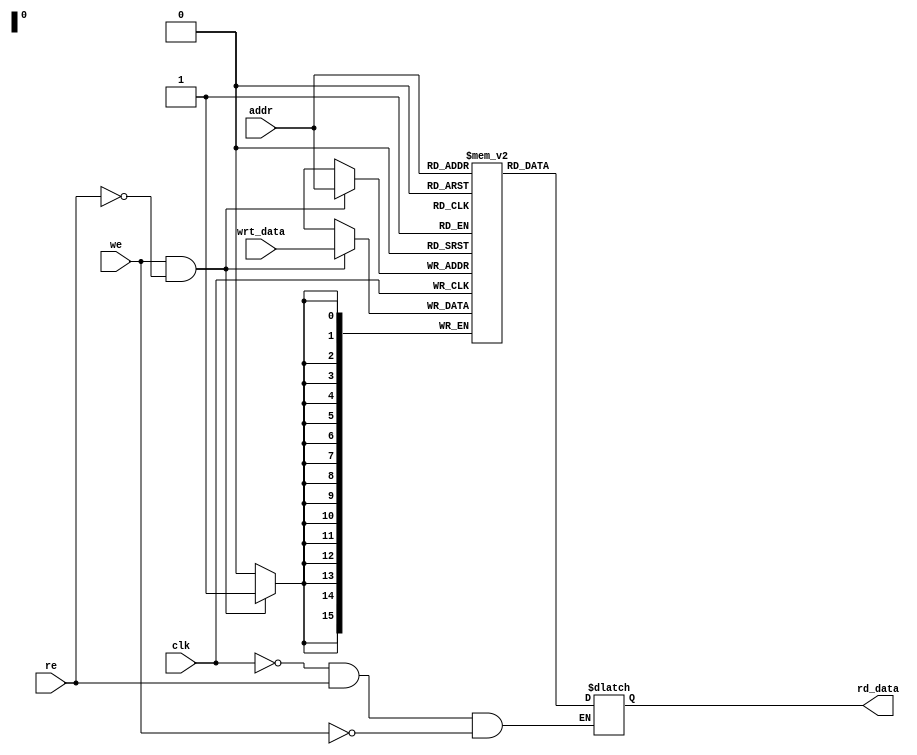
module DM(clk,addr,re,we,wrt_data,rd_data);

/////////////////////////////////////////////////////////
// Data memory.  Single ported, can read or write but //
// not both in a single cycle.  Precharge on clock   //
// high, read/write on clock low.                   //
/////////////////////////////////////////////////////
input clk;
input [15:0] addr;
input re;				// asserted when instruction read desired
input we;				// asserted when write desired
input [15:0] wrt_data;	// data to be written

output reg [15:0] rd_data;	//output of data memory

reg [15:0]data_mem[0:65535];

///////////////////////////////////////////////
// Model read, data is latched on clock low //
/////////////////////////////////////////////
always @(addr,re,clk)
  if (~clk && re && ~we)
    rd_data <= data_mem[addr];
	
////////////////////////////////////////////////
// Model write, data is written on clock low //
//////////////////////////////////////////////
always @(posedge clk)
  if (we && ~re)
    data_mem[addr] <= wrt_data;

endmodule